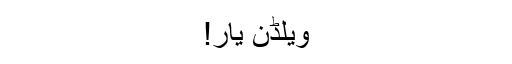
ویلڈن یار!